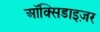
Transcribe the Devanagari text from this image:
ऑक्सिडाइज़र